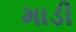
માડી